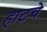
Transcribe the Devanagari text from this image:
हाटचे